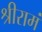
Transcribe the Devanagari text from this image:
श्रीरामं